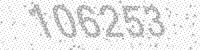
Solution: 106253